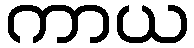
ကာယ